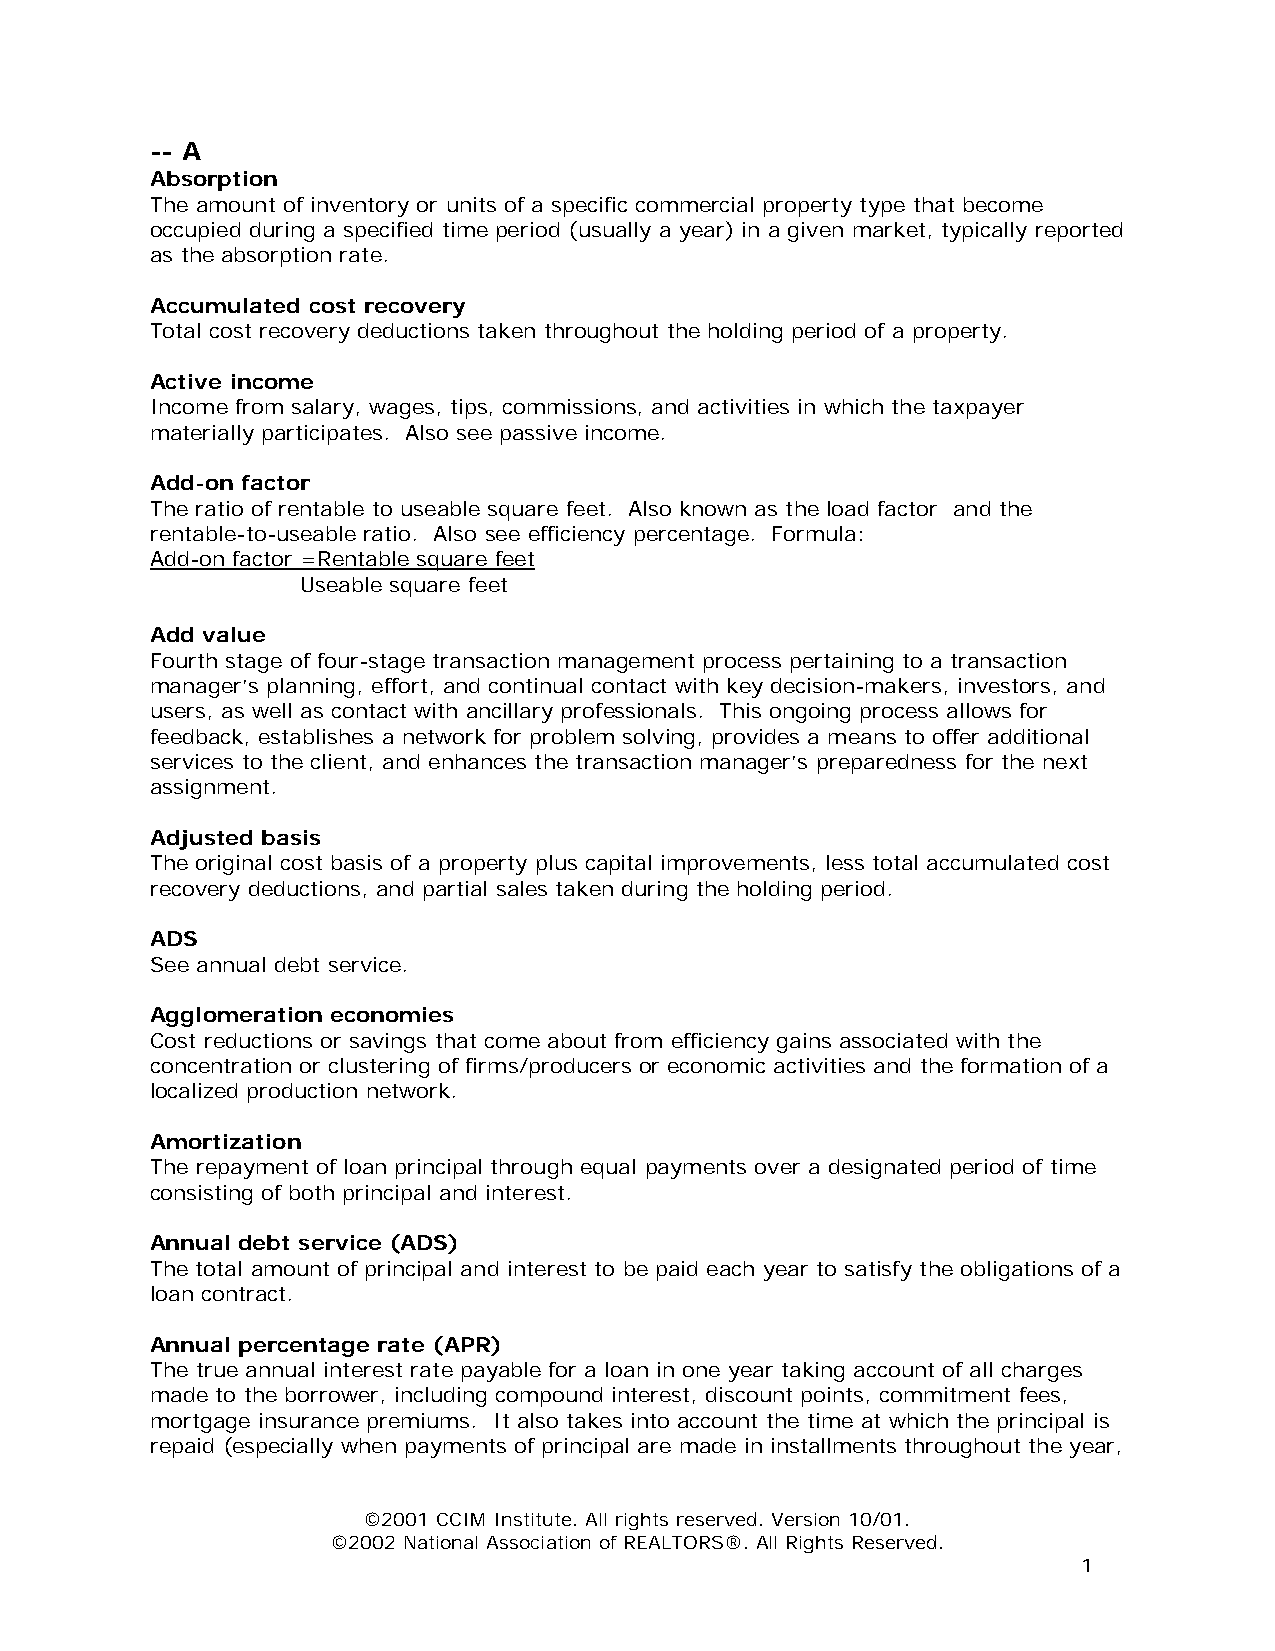
-- A
 Absorption
 The amount of inventory or units of a specific commercial property type that become
 occupied during a specified time period (usually a year) in a given market, typically reported
 as the absorption rate.
 Accumulated cost recovery
 Total cost recovery deductions taken throughout the holding period of a property.
 Active income
 Income from salary, wages, tips, commissions, and activities in which the taxpayer
 materially participates. Also see passive income.
 Add-on factor
 The ratio of rentable to useable square feet. Also known as the load factor and the
 rentable-to-useable ratio. Also see efficiency percentage. Formula:
 Add-on factor =Rentable square feet
 Useable square feet
 Add value
 Fourth stage of four-stage transaction management process pertaining to a transaction
 manager’s planning, effort, and continual contact with key decision-makers, investors, and
 users, as well as contact with ancillary professionals. This ongoing process allows for
 feedback, establishes a network for problem solving, provides a means to offer additional
 services to the client, and enhances the transaction manager’s preparedness for the next
 assignment.
 Adjusted basis
 The original cost basis of a property plus capital improvements, less total accumulated cost
 recovery deductions, and partial sales taken during the holding period.
 ADS
 See annual debt service.
 Agglomeration economies
 Cost reductions or savings that come about from efficiency gains associated with the
 concentration or clustering of firms/producers or economic activities and the formation of a
 localized production network.
 Amortization
 The repayment of loan principal through equal payments over a designated period of time
 consisting of both principal and interest.
 Annual debt service (ADS)
 The total amount of principal and interest to be paid each year to satisfy the obligations of a
 loan contract.
 Annual percentage rate (APR)
 The true annual interest rate payable for a loan in one year taking account of all charges
 made to the borrower, including compound interest, discount points, commitment fees,
 mortgage insurance premiums. It also takes into account the time at which the principal is
 repaid (especially when payments of principal are made in installments throughout the year,
 ©2001 CCIM Institute. All rights reserved. Version 10/01.
 ©2002 National Association of REALTORS®. All Rights Reserved.
 1